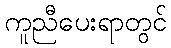
ကူညီပေးရာတွင်